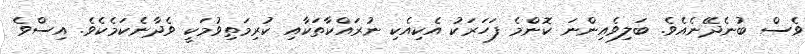
ވެސް ބުނެދޭނެއެވެ. ބަލިވެއިންނަ ކޮންމެ ފަހަރަކު އެކިއެކި ނުރައްކާތަކާއި ކުރިމަތިވުމަކީ ވެދާނެކަމެކެވެ. އިސްވެ